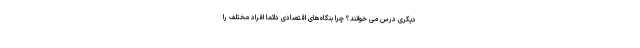
دیگری درس می خوانند؟ چرا بنگاه­‌های اقتصادی دائماً افراد مختلف را